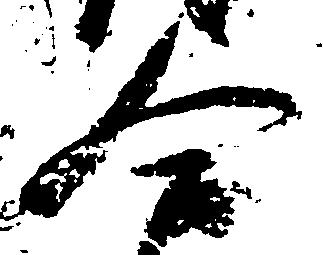
合